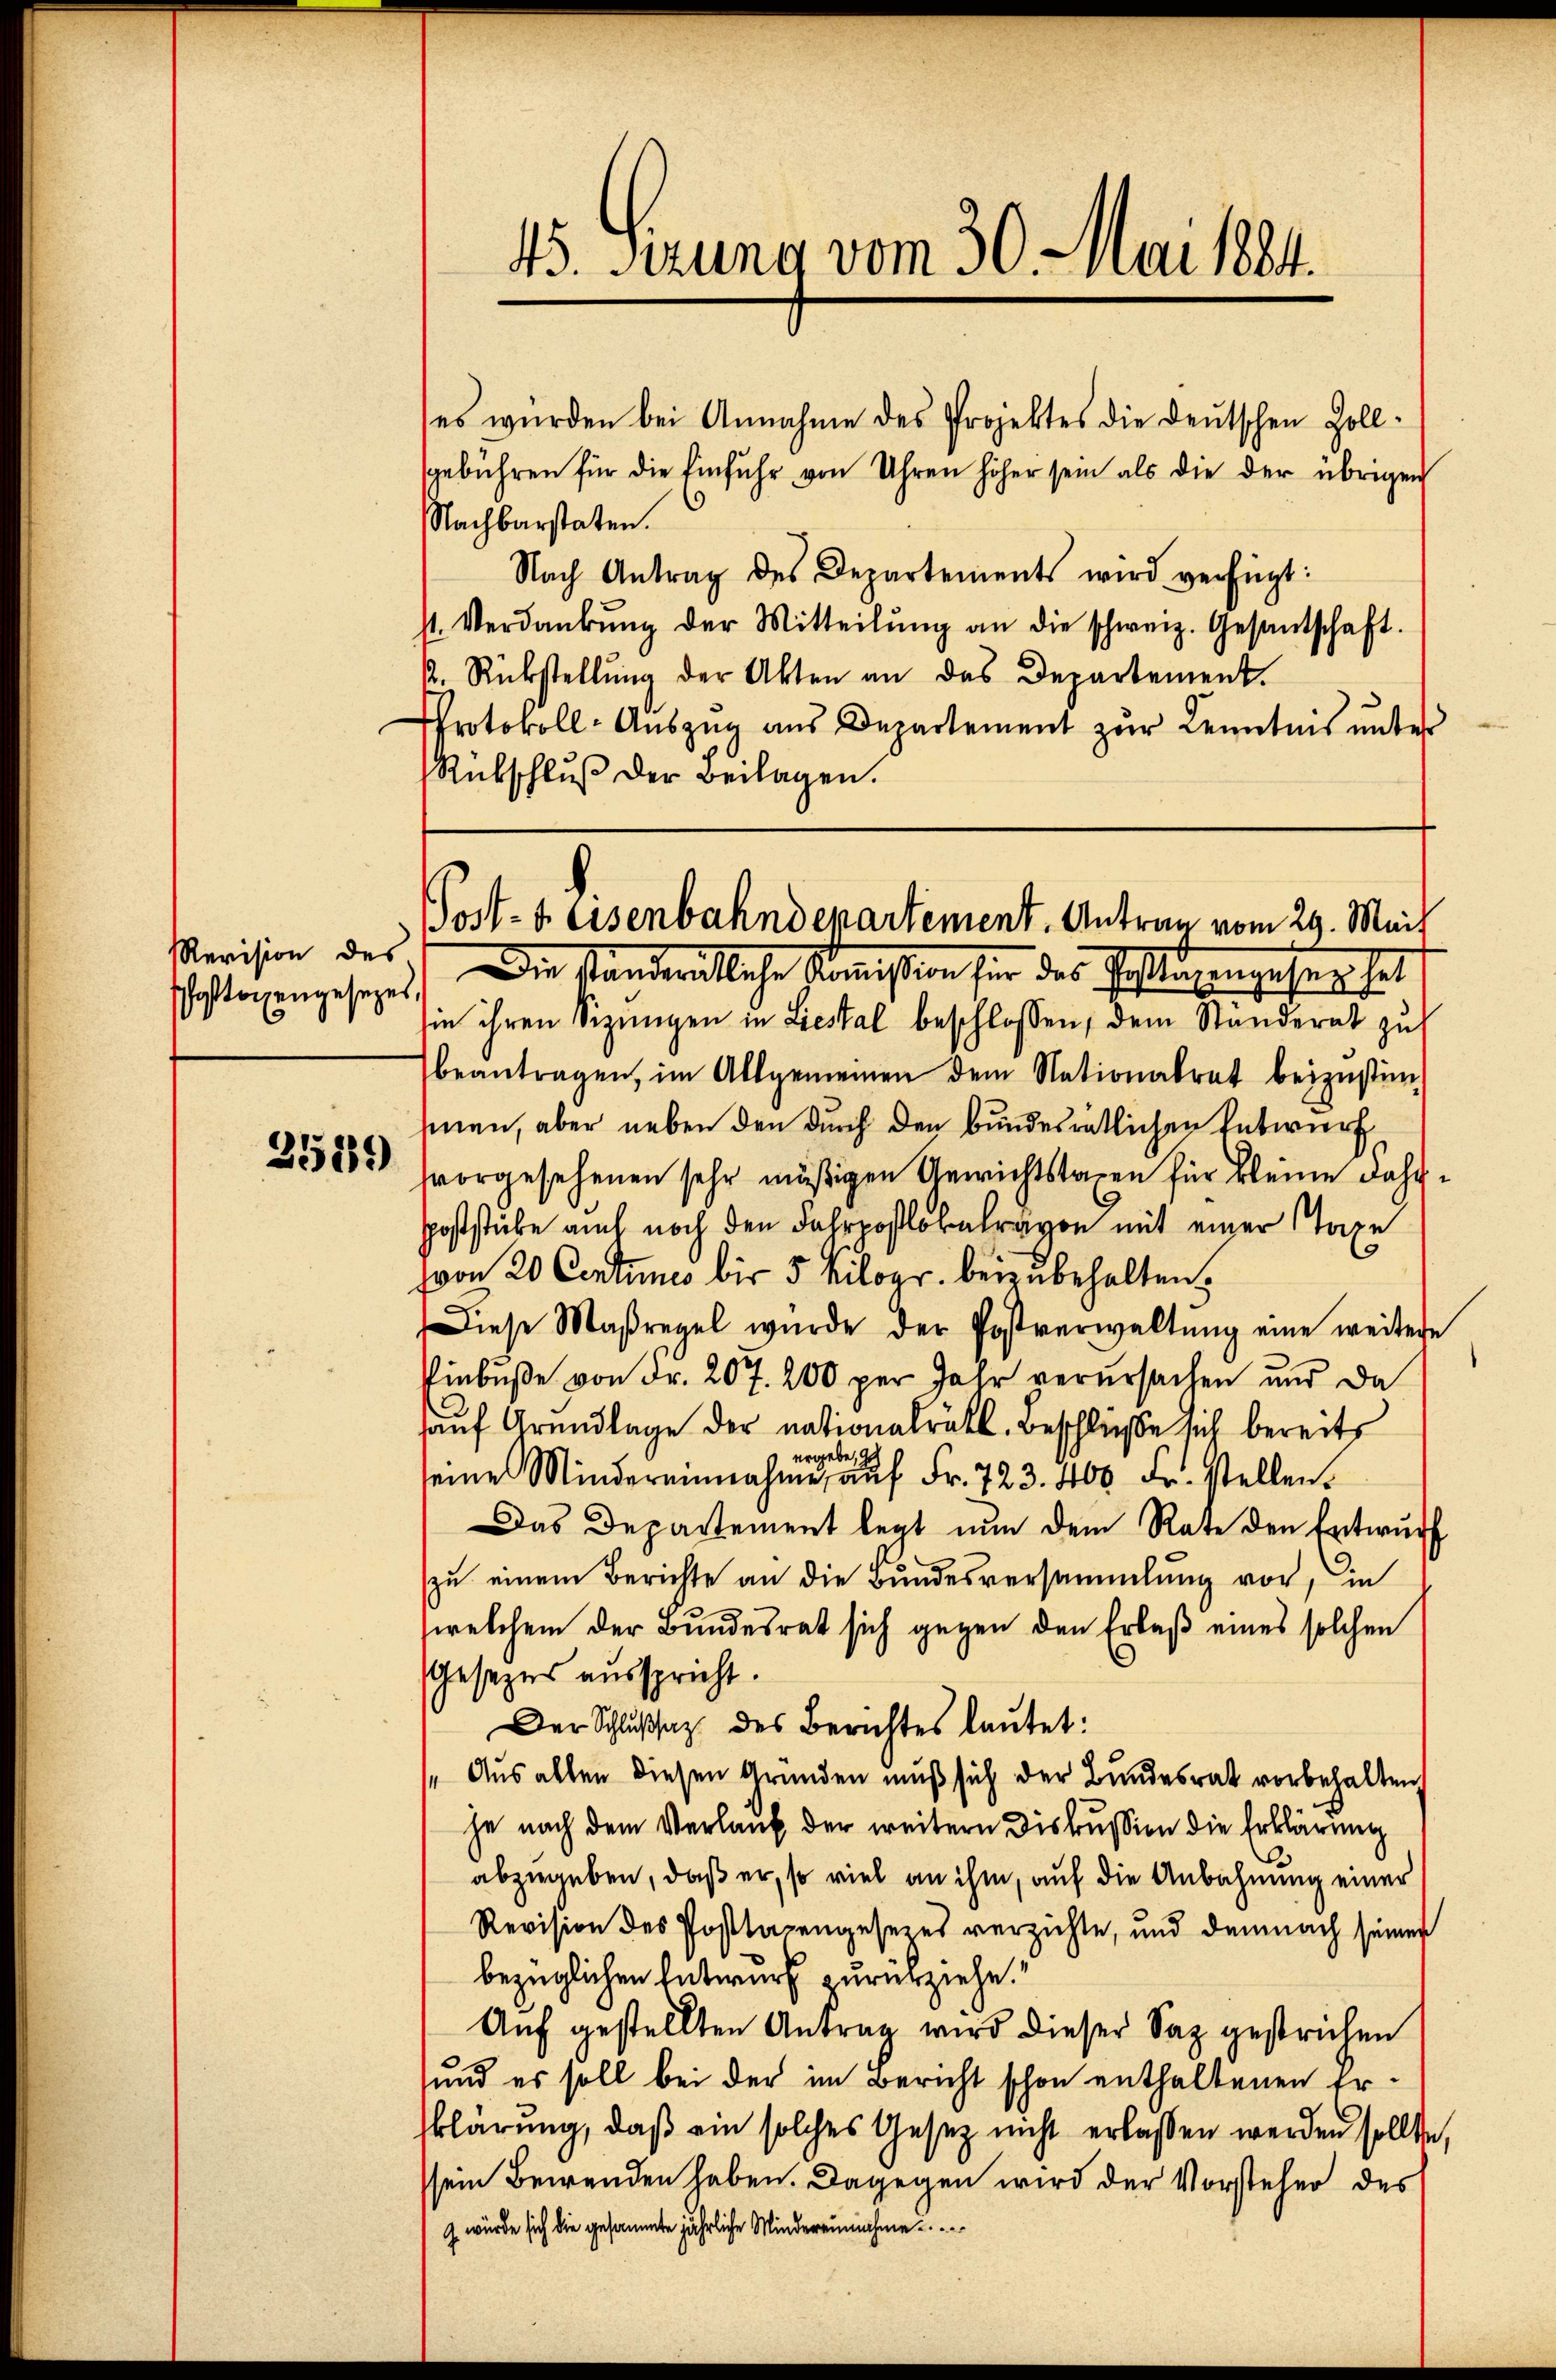
Revision des
schaftigengesezes

2529

45. Sierung vom 30. Mai 1884.

es wurden bei Annahme des Projektes die Deutschen Zoll-
gebühren für die Einführ von Uhren höher sein als die der übrigen
Nachbarstaten.
Nach Antrag des Departements wird verfügt:
st. Verdankŭng der Mitteilŭng an die schweiz. Gesantschaft.
k. Rückstellŭng der Akten an das Departement.
Protokoll-Auszug aus Departement zur Kenntnis unter
Rübschlŭβ der Beilagen.
sie ihren Sizungen in Liestal beschlossen, dem Standerat zu
beantragen, im Allgemeinen dem Nationalrat beizŭstim-
snen, aber neben den durch den bundesrätlichen Entwurf
vorgesehenen sehr mäßigen Gewichtstagen für kleine Jahr
poststücke auch noch den Fahrpostobervon mit einer Taxe
von 20 Centumes bis 5 Kiloer beizubehalten.
Diese Maßregel wurde der Postverwaltŭng eine weitere
Einbuße von Fr. 207. 200 per Jahr verursachen und da
auf Grundlage der nationalrätl. Beschlüße sich bereits
ergebe, zu
seine Mindereinnahme aŭf Fr. 723. 400 Fr. stellen.
Das Departement legt nun dem Rate den Entwŭrf
zu einem Berichte an die Bundesversammlung vor, in
welchem der Bundesrat sich gegen den Erlaß eines solchen
Gesezes ausspricht.
Der Schlußsatz des Berichtes lautet:
"Aus allen diesen Gründen muß sich der Bundesrat vorbehalten,
je nach dem Verlauf der weitern Diskussion die Erklärung
abzugeben, daß er, so viel an ihm, auf die Anbahnung einer
Revision des Posttagengesezes verzichte, und demnach seiner
bezüglichen Entwurf zurückziehe.“
Auf gestellten Antrag wird dieser Sax gestrichen
und es soll bei der im Bericht schon enthaltenen Erklärung, daß ein solches Gesetz nicht erlassen werden sollte,
ssem Bewenden haben. Dagegen wird der Vorsteher des
 würde sich die gesammte jährliche Mindereinnahme

Post- & Eisenbahndepartement. Antrag vom 29. Mait
Die Standentliche Kommißion für das fliegengehung hat